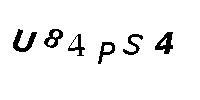
U84PS4